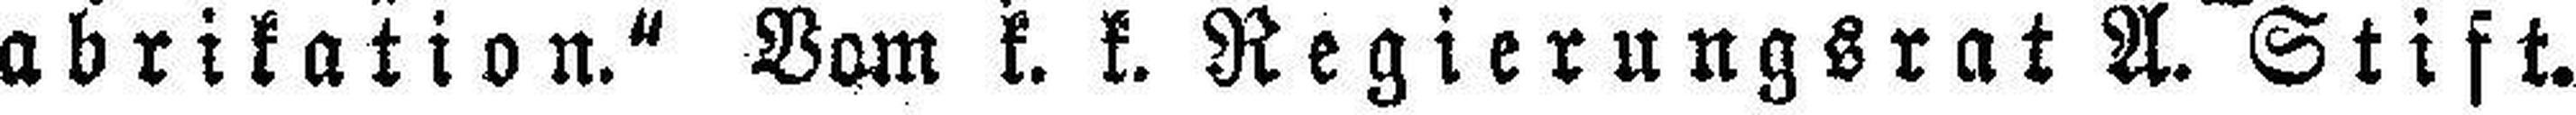
abrikation.“ Vom k. k. Regierungsrat A. Stift.